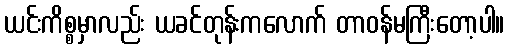
ယင်းကိစ္စမှာလည်း ယခင်တုန်းကလောက် တာဝန်မကြီးတော့ပါ။